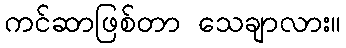
ကင်ဆာဖြစ်တာ သေချာလား။